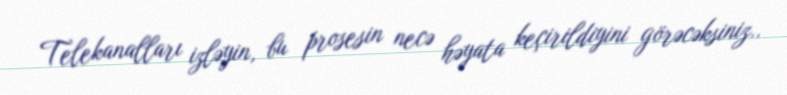
Telekanalları izləyin, bu prosesin necə həyata keçirildiyini görəcəksiniz..